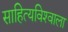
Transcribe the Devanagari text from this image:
साहित्यविश्‍वाला